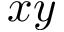
x y